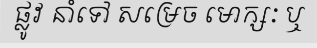
ផ្លូវ នាំទៅ សម្រេច មោក្សៈ ឬ